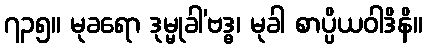
၇၃၅။ မုခရော ဒုမ္မုခါ’ဗဒ္ဓ၊ မုခါ စာပ္ပိယဝါဒိနိ။